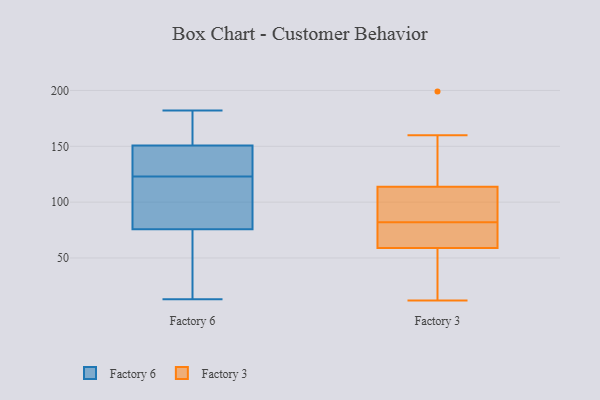
{"axis": {"x": "Demand Index", "y": "Value"}, "legend": ["Factory 3", "Factory 6"], "data": [{"x": "", "y": 178, "type": "Factory 6"}, {"x": "", "y": 113, "type": "Factory 6"}, {"x": "", "y": 124, "type": "Factory 6"}, {"x": "", "y": 17, "type": "Factory 6"}, {"x": "", "y": 141, "type": "Factory 6"}, {"x": "", "y": 13, "type": "Factory 6"}, {"x": "", "y": 180, "type": "Factory 6"}, {"x": "", "y": 124, "type": "Factory 6"}, {"x": "", "y": 144, "type": "Factory 6"}, {"x": "", "y": 153, "type": "Factory 6"}, {"x": "", "y": 107, "type": "Factory 6"}, {"x": "", "y": 123, "type": "Factory 6"}, {"x": "", "y": 69, "type": "Factory 6"}, {"x": "", "y": 75, "type": "Factory 6"}, {"x": "", "y": 102, "type": "Factory 6"}, {"x": "", "y": 37, "type": "Factory 6"}, {"x": "", "y": 153, "type": "Factory 6"}, {"x": "", "y": 182, "type": "Factory 6"}, {"x": "", "y": 78, "type": "Factory 6"}, {"x": "", "y": 34, "type": "Factory 3"}, {"x": "", "y": 160, "type": "Factory 3"}, {"x": "", "y": 76, "type": "Factory 3"}, {"x": "", "y": 199, "type": "Factory 3"}, {"x": "", "y": 59, "type": "Factory 3"}, {"x": "", "y": 113, "type": "Factory 3"}, {"x": "", "y": 145, "type": "Factory 3"}, {"x": "", "y": 101, "type": "Factory 3"}, {"x": "", "y": 74, "type": "Factory 3"}, {"x": "", "y": 82, "type": "Factory 3"}, {"x": "", "y": 19, "type": "Factory 3"}, {"x": "", "y": 12, "type": "Factory 3"}, {"x": "", "y": 86, "type": "Factory 3"}, {"x": "", "y": 59, "type": "Factory 3"}, {"x": "", "y": 144, "type": "Factory 3"}, {"x": "", "y": 60, "type": "Factory 3"}, {"x": "", "y": 110, "type": "Factory 3"}, {"x": "", "y": 34, "type": "Factory 3"}, {"x": "", "y": 114, "type": "Factory 3"}]}